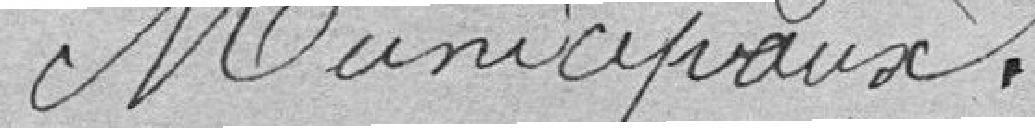
Municipaux